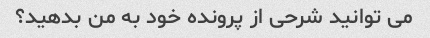
می توانید شرحی از پرونده خود به من بدهید؟